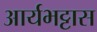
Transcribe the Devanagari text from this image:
आर्यभट्टास